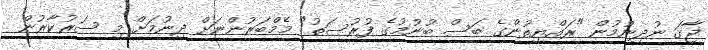
ޖާގަ ނުދިނުމުން "ރައްޔިތުންގެ ބަސް ބުނުމުގެ ފުރުސަތު" މެމްބަރުންނަށް ދިނުމަށް މި ސަރުކާރުން